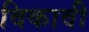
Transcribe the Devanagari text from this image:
विकावी